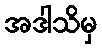
အဒါသိမှ